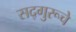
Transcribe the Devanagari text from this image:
सद्गुरूचे